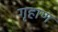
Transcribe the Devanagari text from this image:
गृहाण